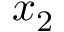
x _ { 2 }